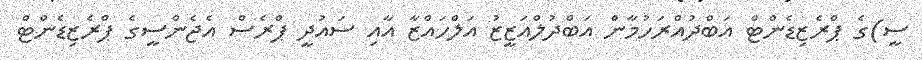
ސީ)ގެ ޕްރެޒިޑެންޓް އަބްދުއްރަހުމާން އަބްދުލްއަޒީޒު އަލްހައްޒާ އާއި ސައުދީ ޕްރެސް އެޖެންސީގެ ޕްރެޒިޑެންޓް